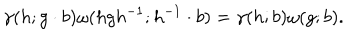
\gamma ( h ; g \cdot b ) \omega ( h g h ^ { - 1 } ; h ^ { - 1 } \cdot b ) = \gamma ( h ; b ) \omega ( g ; b ) .